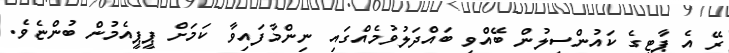
ރޭ އެ ޕާޓީގެ ކައުންސިލުން ބޭއްވި ބައްދަލުވުމެއްގައި ނިންމާފައިވާ ކަމަށް ޕީޕީއެމުން ބުންޏެވެ.